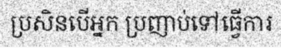
ប្រសិនបើអ្នក ប្រញាប់ទៅធ្វើការ